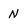
Character: N